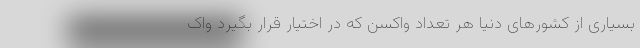
بسیاری از کشورهای دنیا هر تعداد واکسن که در اختیار قرار بگیرد واک